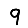
Digit: 9